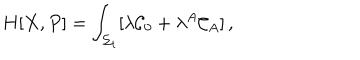
LaTeX: H [ X , P ] = \int _ { \Sigma _ { t } } [ \lambda { \cal C } _ { 0 } + \lambda ^ { A } { \cal C } _ { A } ] \, ,